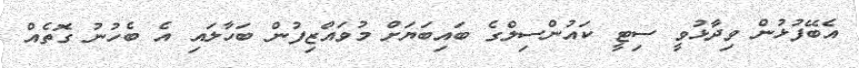
އެބޭފުޅުން ވިދާޅުވީ ސިޓީ ކައުންސިލްގެ ބައިބަޔަށް މުވައްޒިފުން ބަހާލައި އެ ބެހުނު ގޮތެއް